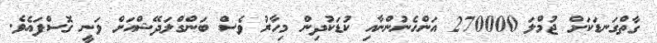
ގާތްގަނޑަކަށް ޖުމްލަ 270000 އަންހެނުންނާއި ކުޑަކުދިން މިހާރު ވެސް ބަންގްލަދޭޝްއަށް ވަނީ ގޮސްފައެވެ.